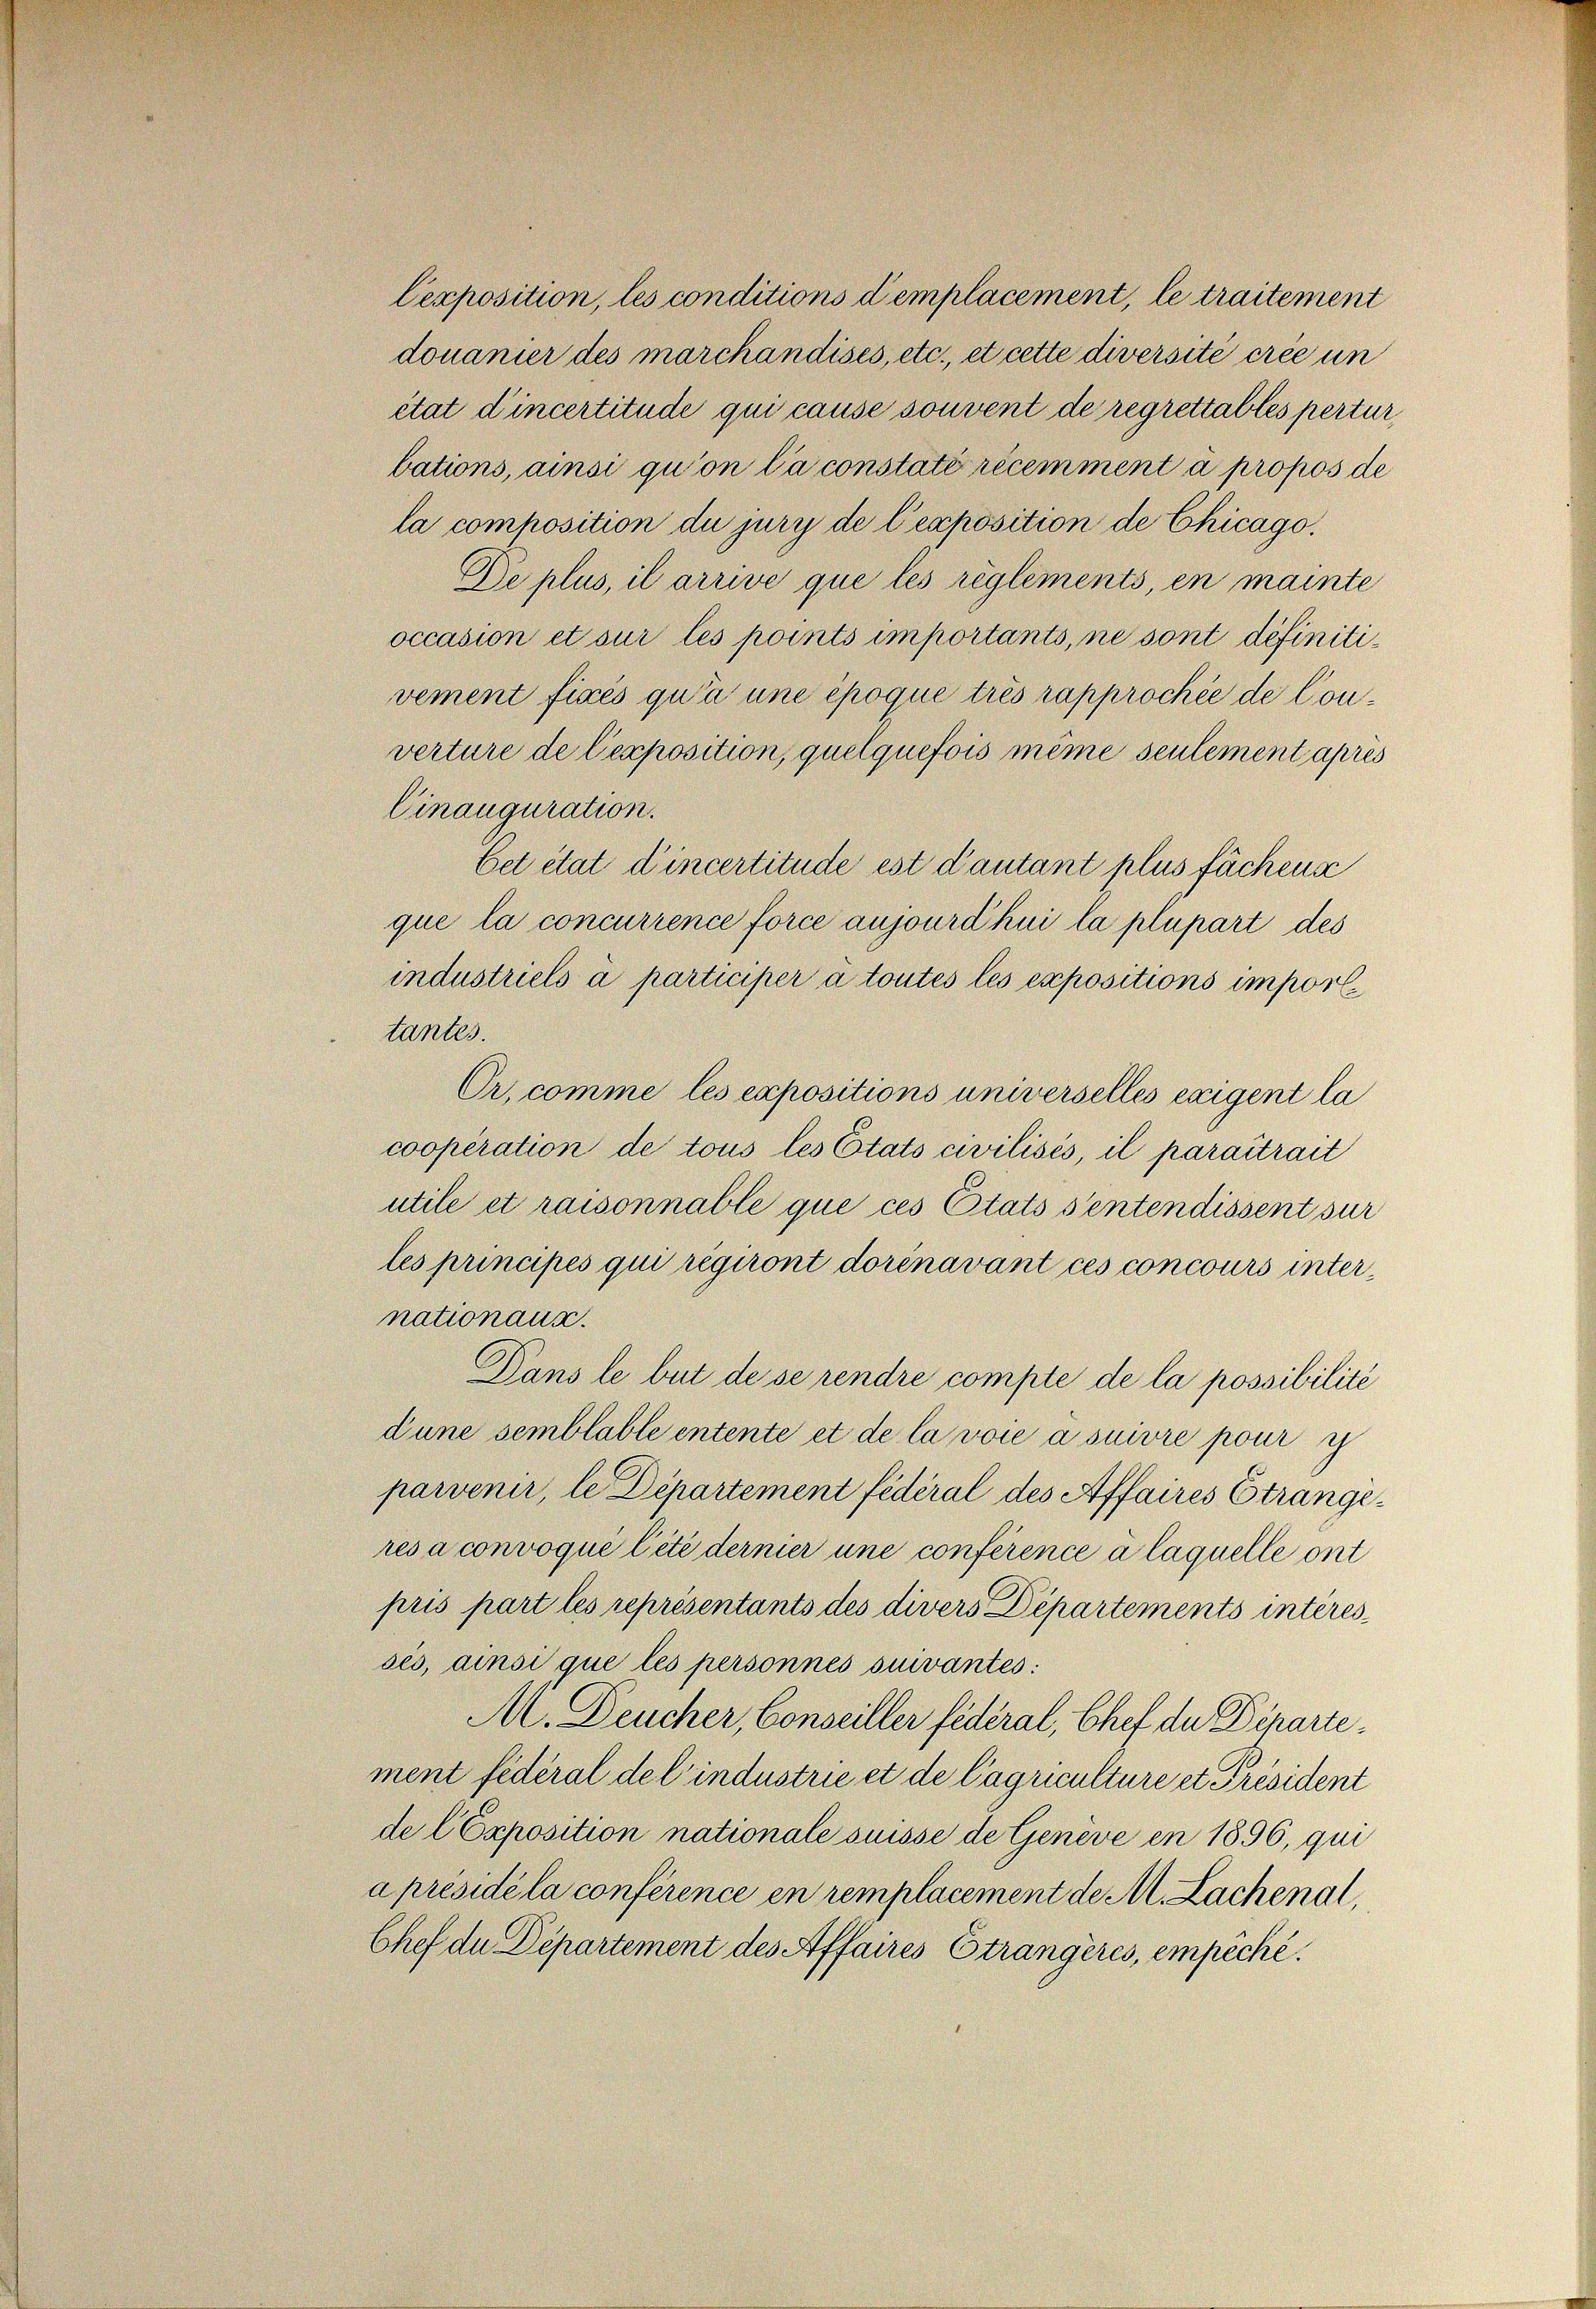
Cexposition, les conditions d’emplacement, le traitement
douanier des marchandises, etc., et cette diversite crée un
état d’incertitude qui cause souvent de regrettables pertur
bations, ainsi qu’on la constaté récemment a propos de
la composition du jury de l’exposition de Chicago,
De plus, il arrive que les règlements, en mainte
occasion et sur les points importants, ne sont définitivement fixés qu’à une époque trés rapprochée de Converture de Cepposition, quelquefois même seulement apres
Cinauguration.
Cet état d’incertitude est d’autant plus fächens
que la concurrence force aujourdhui la plupart des
industriels à participer à toutes les expositions imporltantes.
Or, comme les expositions universelles exigent la
cooperation de tous les Etats civilisés, il paraitrait
utile et raisonnable que ces Etats sentendissent sur
les principés qui régiront dorénavant ces concours internationaux.
Dans le but de se rendre compte de la possibilité
dune semblable entente et de la voie a suivre pour ih
parvenir, le Departement fédéral des Affaires Strangeres a convoqué Cété dernier une conférence à laquelle ont
pris part les représentants des divers Departements interes
sés, ainsi que les personnés suivantes:
M. Deucher, Conseiller federal, Chef de Departement fédéral del industrie et de Cagriculture et Président
de (Exposition nationale suisse de Geneve en 1896, qui
aprésidè la conférence en remplacement de M. Lachenal,
Chef de Departement des Affaires Strangères, empêché.